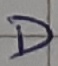
Text: D